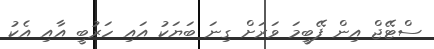
ސްޓޭޖް އިން ފޭބީމަ ވަރަށް ގިނަ ބަޔަކު އައި ހަރުބީ އާއި އެކު